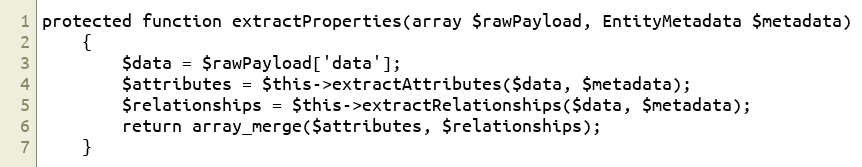
Language: PHP
protected function extractProperties(array $rawPayload, EntityMetadata $metadata)
    {
        $data = $rawPayload['data'];
        $attributes = $this->extractAttributes($data, $metadata);
        $relationships = $this->extractRelationships($data, $metadata);
        return array_merge($attributes, $relationships);
    }